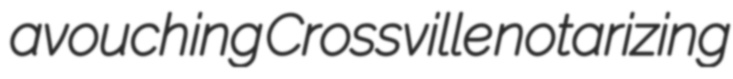
avouching Crossville notarizing